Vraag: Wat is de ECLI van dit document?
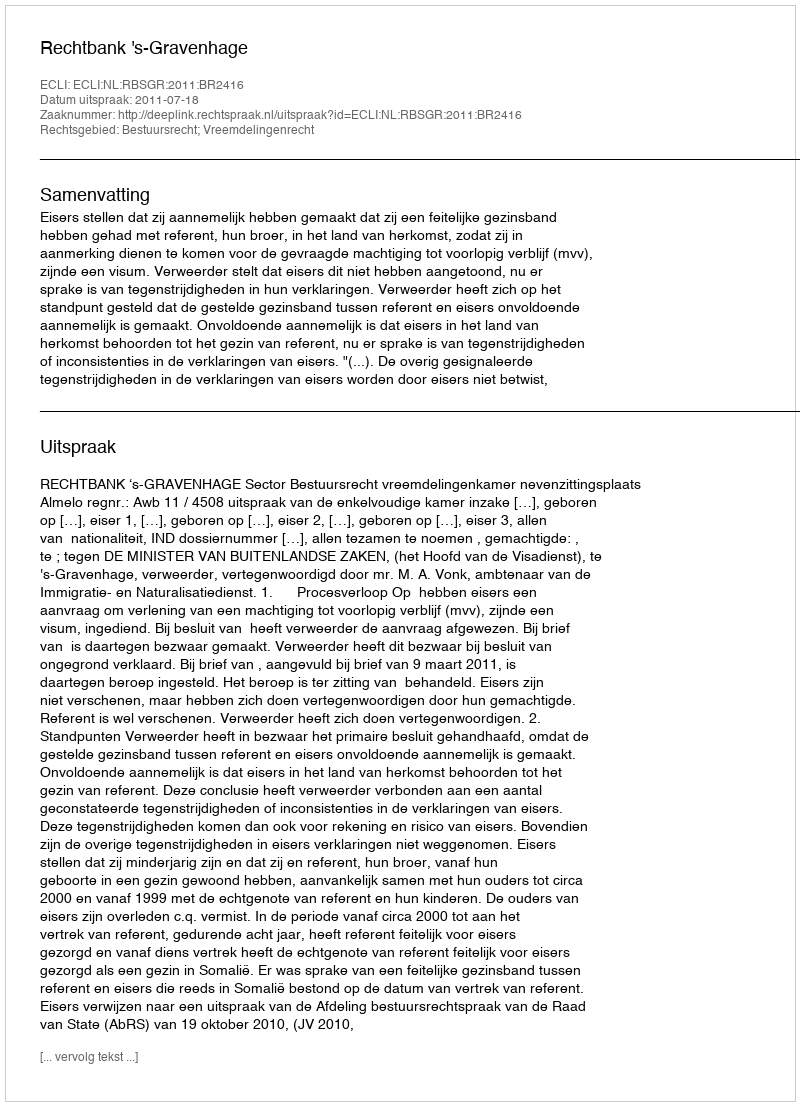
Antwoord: ECLI:NL:RBSGR:2011:BR2416